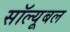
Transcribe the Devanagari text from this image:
सॉल्यूबल